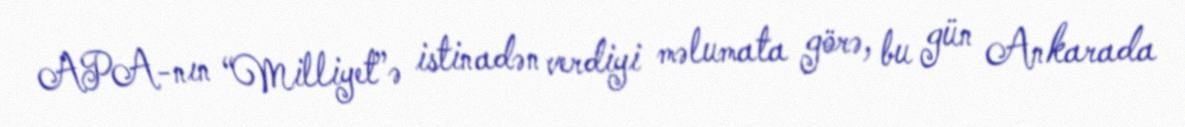
APA-nın “Milliyet”ə istinadən verdiyi məlumata görə, bu gün Ankarada